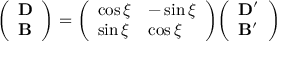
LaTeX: { \left( \begin{array} { l } { \mathbf { D } } \\ { \mathbf { B } } \end{array} \right) } = { \left( \begin{array} { l l } { \cos \xi } & { - \sin \xi } \\ { \sin \xi } & { \cos \xi } \end{array} \right) } { \left( \begin{array} { l } { \mathbf { D ^ { \prime } } } \\ { \mathbf { B ^ { \prime } } } \end{array} \right) }